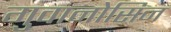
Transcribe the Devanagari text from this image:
गुवानोसिन